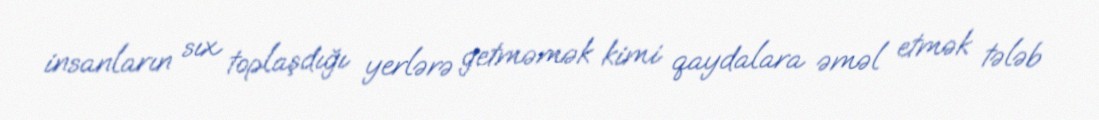
insanların sıx toplaşdığı yerlərə getməmək kimi qaydalara əməl etmək tələb